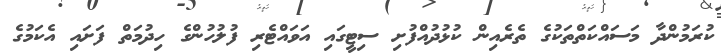
ކުރަމުންދާ މަސައްކަތްތަކުގެ ތެރެއިން ކުޅުދުއްފުށި ސިޓީގައި އަވައްޓެރި ފުލުހުންގެ ހިދުމަތް ފަށައި އެކަމުގެ